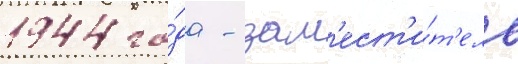
1944 го́да - зам'ест'и́т'ель